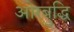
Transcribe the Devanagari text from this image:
ओरबुद्धि